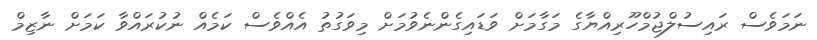
ނަމަވެސް ރައިސުލްޖުމްހޫރިއްޔާގެ މަގާމަށް ވަޑައިގެންނެވުމަށް މިވަގުތު އެއްވެސް ކަމެއް ނުކުރައްވާ ކަމަށް ނާޒިމް